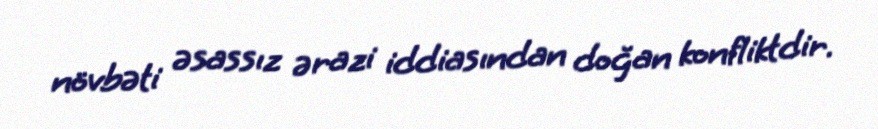
növbəti əsassız ərazi iddiasından doğan konfliktdir.